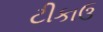
ટીકાઉ